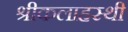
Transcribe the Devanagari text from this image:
श्रीकलाहस्थी